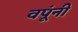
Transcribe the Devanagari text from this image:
वपूंनी